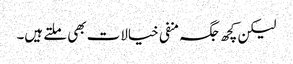
لیکن کچھ جگہ منفی خیالات بھی ملتے ہیں۔